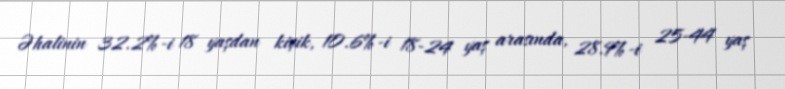
Əhalinin 32.2%-i 18 yaşdan kiçik, 10.6%-i 18-24 yaş arasında, 28.9%-i 25-44 yaş